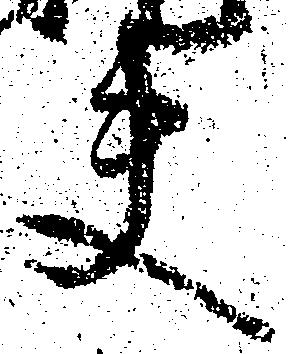
夫